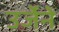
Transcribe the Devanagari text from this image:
उर्जेने